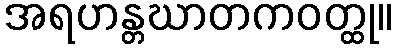
အရဟန္တဃာတကဝတ္ထု။